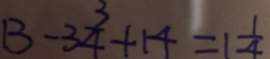
B - 3 \frac { 3 } { 4 } + 1 4 = 1 \frac { 1 } { 4 }